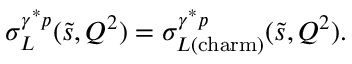
\sigma _ { L } ^ { \gamma ^ { * } p } ( \tilde { s } , Q ^ { 2 } ) = \sigma _ { L ( \mathrm { c h a r m } ) } ^ { \gamma ^ { * } p } ( \tilde { s } , Q ^ { 2 } ) .